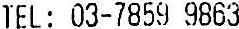
TEL: 03-7859 9863